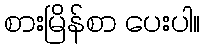
စားမြိန်စာ ပေးပါ။